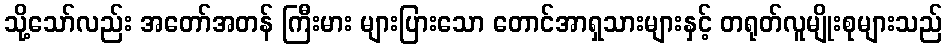
သို့သော်လည်း အတော်အတန် ကြီးမား များပြားသော တောင်အာရှသားများနှင့် တရုတ်လူမျိုးစုများသည်